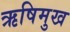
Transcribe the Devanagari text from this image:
ऋषिमुख